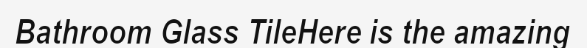
Bathroom Glass TileHere is the amazing